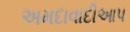
અમદાવાદીઆપ